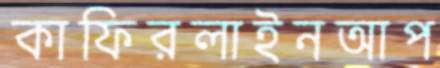
কাফিরলাইনআপ